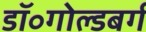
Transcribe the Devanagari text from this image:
डॉ॰गोल्डबर्ग